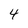
Character: 4